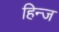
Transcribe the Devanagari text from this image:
हिन्ज